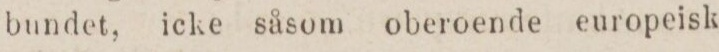
bundet, icke såsom oberoende europeisk